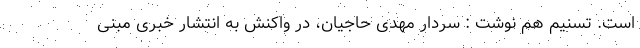
است. تسنیم هم نوشت : سردار مهدی حاجیان، در واکنش به انتشار خبری مبنی